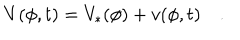
LaTeX: V ( \phi , t ) = V _ { * } ( \phi ) + v ( \phi , t ) \quad .